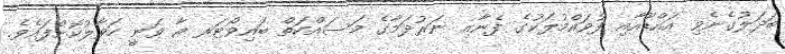
ބަދަލުގެނެވި އައްޑޫއާއި ފުވައްމުލަކުގެ ފެނާއި ނަރުދަމާގެ މަސައްކަތް ބައިވޯޓަރ އާ ވަނީ ހަވާލުކޮށްފައެވެ.